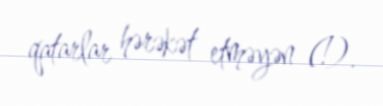
qatarlar hərəkət etməyən (!).